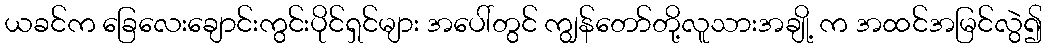
ယခင်က ခြေလေးချောင်းကွင်းပိုင်ရှင်များ အပေါ်တွင် ကျွန်တော်တို့လူသားအချို့ က အထင်အမြင်လွဲ၍